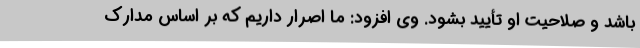
باشد و صلاحیت او تأیید بشود. وی افزود: ما اصرار داریم که بر اساس مدارک